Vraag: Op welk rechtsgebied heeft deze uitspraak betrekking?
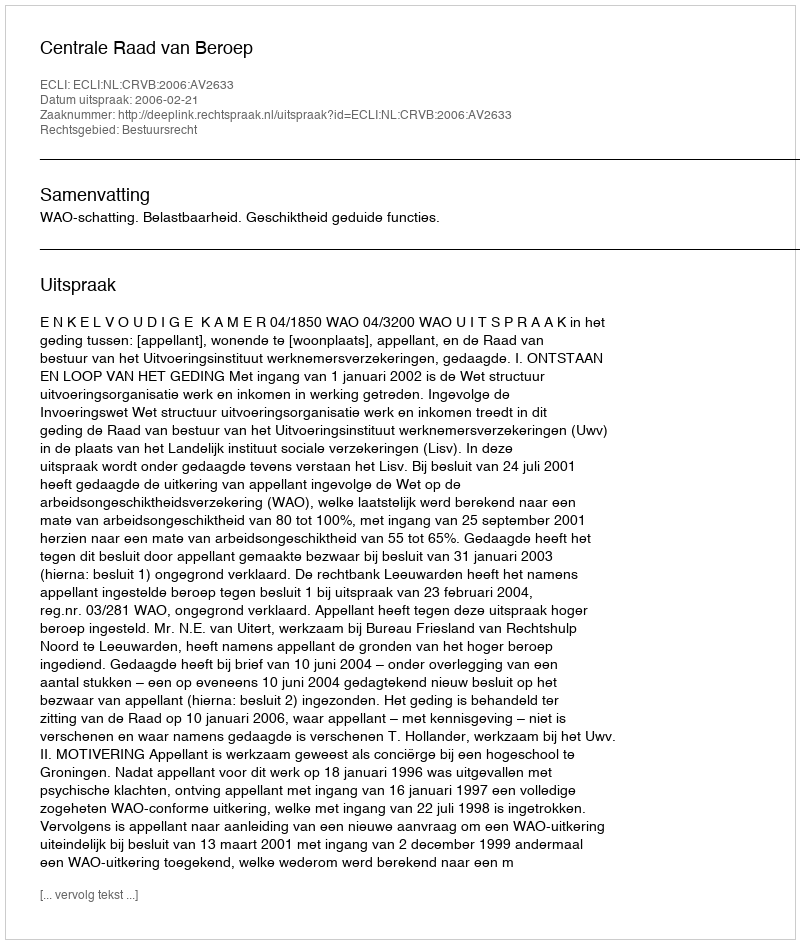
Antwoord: Bestuursrecht